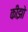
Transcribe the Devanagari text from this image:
कीझो